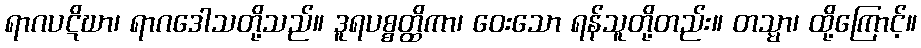
ရာဂပဋိဃာ၊ ရာဂဒေါသတို့သည်။ ဒူရပစ္စတ္ထိကာ၊ ဝေးသော ရန်သူတို့တည်း။ တသ္မာ၊ ထို့ကြောင့်။